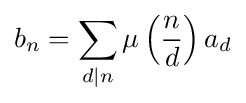
b_{n}=\sum _{d\mid n}\mu \left({\frac {n}{d}}\right)a_{d}